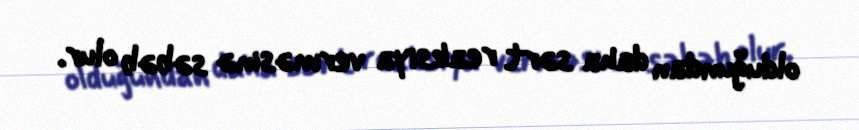
olduğundan daha sərt reaksiya verməsinə səbəb olur.